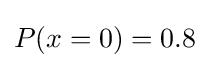
P(x=0)=0{.}8